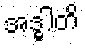
အဒ္ဓါတိ